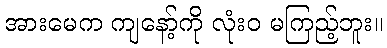
အားမေက ကျနော့်ကို လုံးဝ မကြည့်ဘူး။